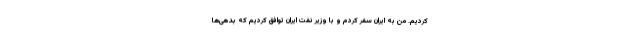
کردیم. من به ایران سفر کردم و با وزیر نفت ایران توافق کردیم که بدهی‌ها